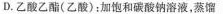
D.乙酸乙酯(乙酸)：加饱和碳酸钠溶液，蒸馏